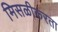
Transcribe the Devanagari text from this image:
मिसळीकरता